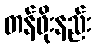
တန်ဖိုးနည်း